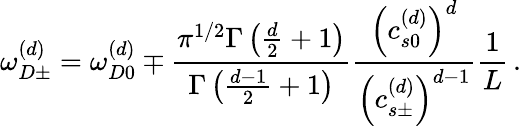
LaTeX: \omega_{D\pm}^{\left(d\right)}=\omega_{D0}^{\left(d\right)}\mp\frac{\pi^{1/2}\Gamma\left(\frac{d}{2}+1\right)}{\Gamma\left(\frac{d-1}{2}+1\right)}\frac{\left(c_{s0}^{\left(d\right)}\right)^{d}}{\left(c_{s\pm}^{\left(d\right)}\right)^{d-1}}\frac{1}{L}\, .